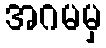
အဂမမှ